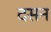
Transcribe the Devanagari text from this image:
दसन